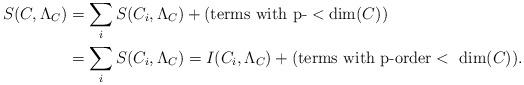
LaTeX: \begin{align*}S(C, \Lambda _C)&=\sum_i S(C_i, \Lambda_{C})+({\rm terms \ with \ p}\mbox{-} < \dim(C))\\&=\sum_i S(C_i, \Lambda_{C})=I (C_i, \Lambda_{C}) +({\rm terms \ with \ p\mbox{-}order < \ dim}(C)).\end{align*}